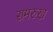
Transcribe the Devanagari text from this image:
समरुख